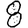
Digit: 8